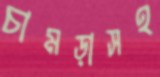
চামড়াসহ